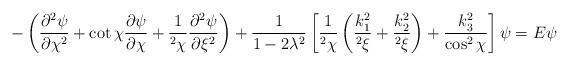
LaTeX: \begin{align*}-\left(\frac{\partial^2\psi}{\partial\chi^2}+\cot \chi \frac{\partial\psi}{\partial\chi}+\frac{1}{^2\chi}\frac{\partial^2\psi}{\partial \xi^2}\right)+\frac{1}{1-2\lambda^2}\left[\frac{1}{^2\chi}\left(\frac{k_1^2}{^2\xi}+\frac{k_2^2}{^2\xi}\right)+\frac{k_3^2}{\cos^2\chi}\right]\psi=E\psi \, \end{align*}